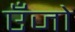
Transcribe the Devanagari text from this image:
एँजो